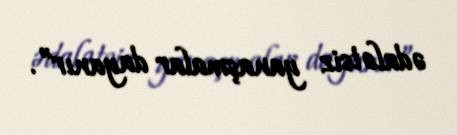
ədalətsiz yanaşmalar dayanır”.